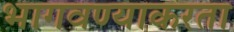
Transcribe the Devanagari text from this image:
भागवण्याकरता